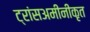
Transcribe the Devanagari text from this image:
ट्रांसअमीनीकृत